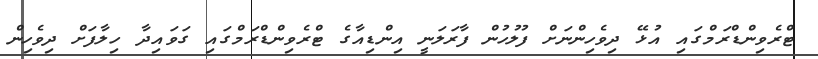
ޓްރެވިންޑްރަމްގައި އުޅޭ ދިވެހިންނަށް ފުލުހުން ފާރަލަނީ އިންޑިއާގެ ޓްރެވިންޑްރަމްގައި ގަވައިދާ ހިލާފަށް ދިވެހިން